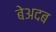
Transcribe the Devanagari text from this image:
बेअदब